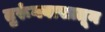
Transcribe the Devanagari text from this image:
तुरूंगवासातून